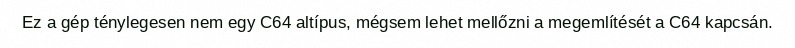
Ez a gép ténylegesen nem egy C64 altípus, mégsem lehet mellőzni a megemlítését a C64 kapcsán.